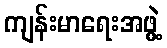
ကျန်းမာရေးအဖွဲ့